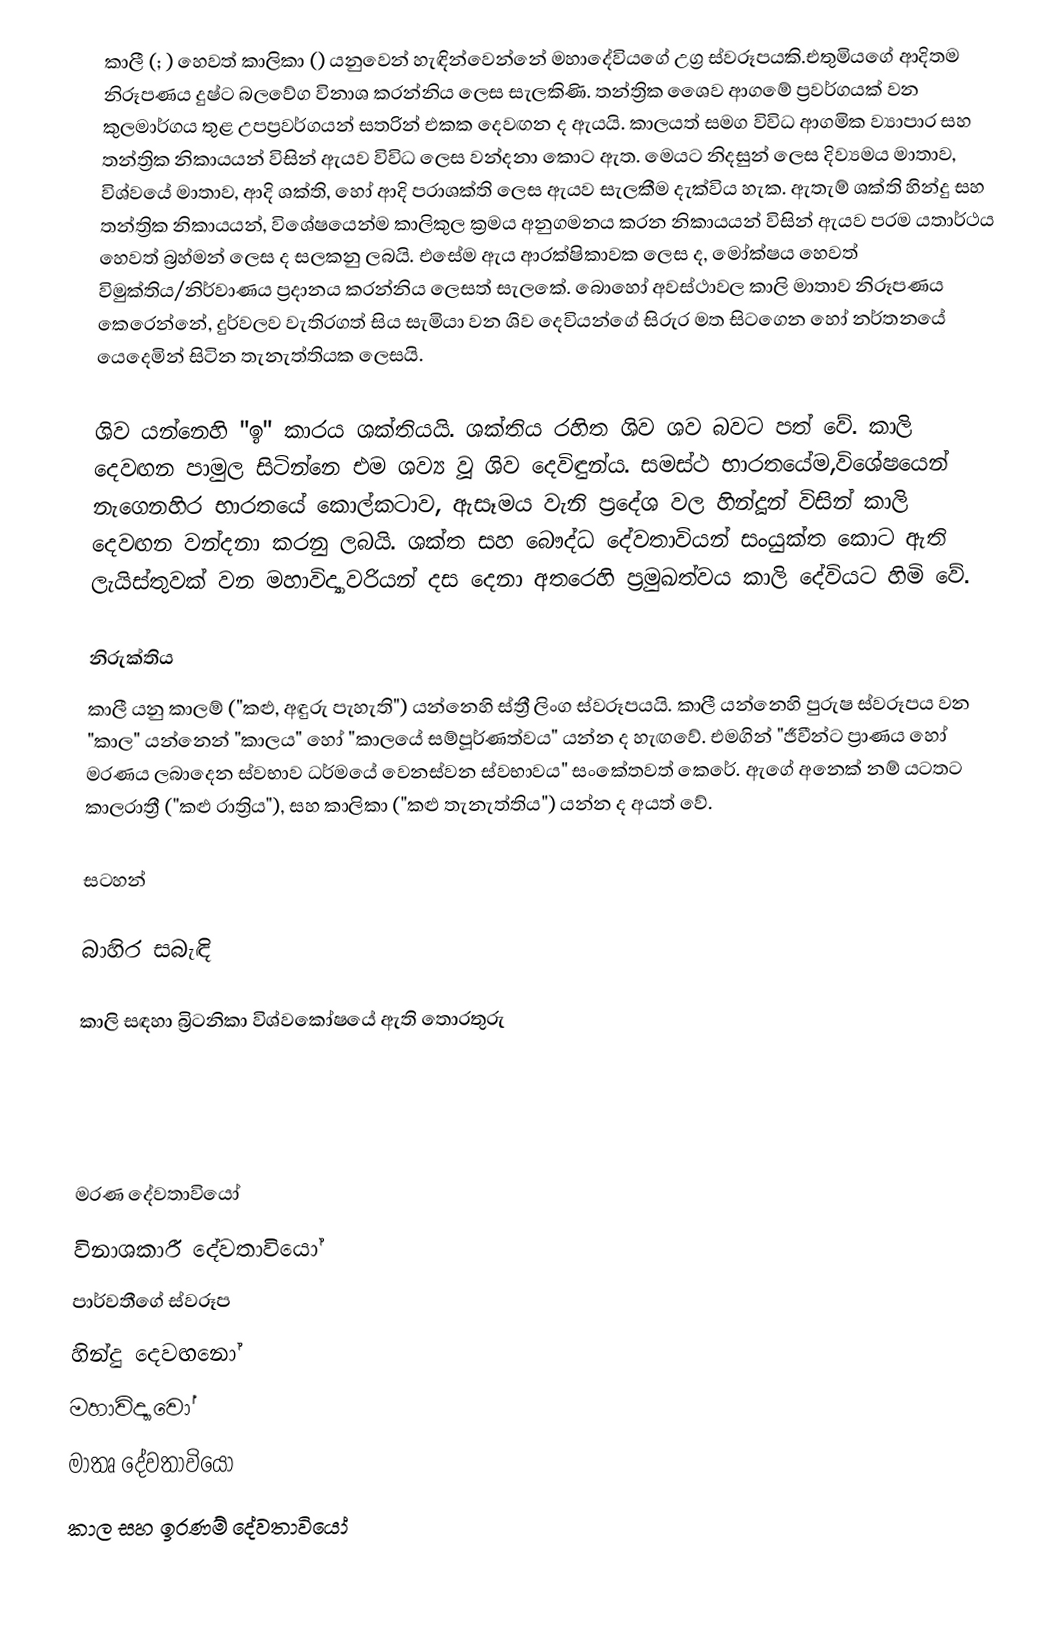
කාලී (; ) හෙවත් කාලිකා () යනුවෙන් හැඳින්වෙන්නේ මහාදේවියගේ උග්‍ර ස්වරූපයකි.එතුමියගේ ආදිතම නිරූපණය දුෂ්ට බලවේග විනාශ කරන්නිය ලෙස සැලකිණි. තන්ත්‍රික ශෛව ආගමේ ප්‍රවර්ගයක් වන කුලමාර්ගය තුළ උපප්‍රවර්ගයන් සතරින් එකක දෙවඟන ද ඇයයි. කාලයත් සමග විවිධ ආගමික ව්‍යාපාර සහ තන්ත්‍රික නිකායයන් ‍විසින් ඇයව විවිධ ලෙස වන්දනා කොට ඇත. මෙයට නිදසුන් ලෙස දිව්‍යමය මාතාව, විශ්වයේ මාතාව, ආදි ශක්ති, හෝ ආදි පරාශක්ති ලෙස ඇයව සැලකීම දැක්විය හැක. ඇතැම් ශක්ති හින්දු සහ තන්ත්‍රික නිකායයන්, විශේෂයෙන්ම කාලිකුල ක්‍රමය අනුගමනය කරන නිකායයන් විසින් ඇයව පරම යතාර්ථ‍ය හෙවත් බ්‍රහ්මන් ලෙස ද සලකනු ලබයි. එසේම ඇය ආරක්ෂිකාවක ලෙස ද, මෝක්ෂය හෙවත් විමුක්තිය/නිර්වාණය ප්‍රදානය කරන්නිය ලෙසත් සැලකේ. බොහෝ අවස්ථාවල කාලි මාතාව නිරූපණය  කෙරෙන්නේ, දුර්වලව වැතිරගත් සිය සැමියා වන ශිව දෙවියන්ගේ සිරුර මත සිටගෙන හෝ නර්තනයේ යෙදෙමින් සිටින තැනැත්තියක ලෙසයි.

ශිව යන්නෙහි "ඉ" කාරය ශක්තියයි. ශක්තිය රහිත ශිව ශව බවට පත් වේ. කාලි දෙවඟන පාමුල සිටින්නෙ එම ශව්‍ය වූ ශිව දෙවිඳුන්ය. සමස්ථ භාරතයේම,විශේෂයෙන් නැගෙනහිර භාරතයේ කොල්කටාව, ඇසෑමය වැනි ප්‍රදේශ වල හින්දූන් විසින් කාලි දෙවඟන වන්දනා කරනු ලබයි. ශක්ත සහ බෞද්ධ දේවතාවියන් සංයුක්ත කොට ඇති ලැයිස්තුවක් වන මහාවිද්‍යාවරියන් දස දෙනා අතරෙහි ප්‍රමුඛත්වය කාලි දේවියට හිමි වේ.

නිරුක්තිය
කාලී යනු කාලම් ("කළු, අඳුරු පැහැති") යන්නෙහි ස්ත්‍රී ලිංග ස්වරූපයයි. කාලී යන්නෙහි පුරුෂ ස්වරූපය වන "කාල" යන්නෙන් "කාලය" හෝ "කාලයේ සම්පූර්ණත්වය" යන්න ද හැඟවේ. එමගින් "ජීවීන්ට ප්‍රාණය හෝ මරණය ලබාදෙන ස්වභාව ධර්මයේ වෙනස්වන ස්වභාවය" සංකේතවත් කෙරේ. ඇගේ අනෙක් නම් යටතට කාලරාත්‍රී ("කළු රාත්‍රිය"), සහ කාලිකා ("කළු තැනැත්තිය") යන්න ද අයත් වේ.

සටහන්

බාහිර සබැඳි

 කාලි සඳහා බ්‍රිටනිකා විශ්වකෝෂයේ ඇති තොරතුරු

මරණ දේවතාවියෝ
විනාශකාරී දේවතාවියෝ
පාර්වතීගේ ස්වරූප
හින්දු දෙවඟනෝ
මහාවිද්‍යාවෝ
මාතෘ දේවතාවියෝ
කාල සහ ඉරණම් දේවතාවියෝ